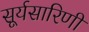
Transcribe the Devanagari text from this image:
सूर्यसारिणी